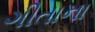
ગીતાના